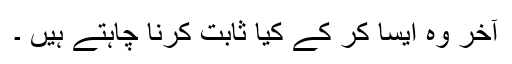
آخر وہ ایسا کر کے کیا ثابت کرنا چاہتے ہیں ۔